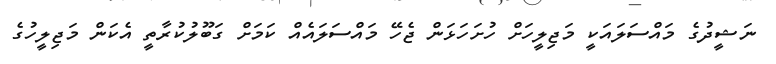
ނަޝީދުގެ މައްސަލައަކީ މަޖިލީހަށް ހުށަހަޅަން ޖެހޭ މައްސަލައެއް ކަމަށް ގަބޫލުކުރާތީ އެކަން މަޖިލީހުގެ